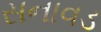
સનાવડ